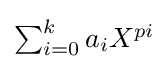
\textstyle \sum _{i=0}^{k}a_{i}X^{pi}